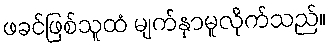
ဖခင်ဖြစ်သူထံ မျက်နှာမူလိုက်သည်။